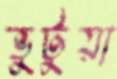
ভুটুয়া